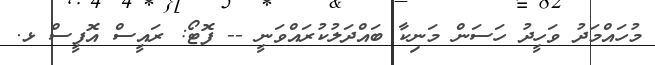
މުހައްމަދު ވަހީދު ހަސަން މަނިކާ ބައްދަލުކުރައްވަނީ -- ފޮޓޯ: ރައީސް އޮފީސް ޅ.